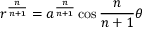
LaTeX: r ^ { \frac { n } { n + 1 } } = a ^ { \frac { n } { n + 1 } } \cos { \frac { n } { n + 1 } } \theta